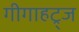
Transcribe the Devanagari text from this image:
गीगाहट्र्ज